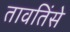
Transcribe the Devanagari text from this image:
तावतिंसे